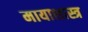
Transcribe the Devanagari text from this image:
मायाशास्त्र